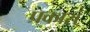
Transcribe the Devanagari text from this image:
प्रकारां